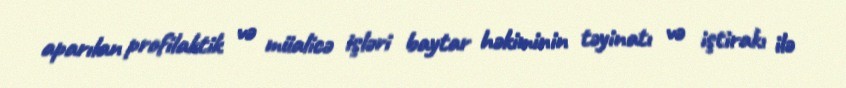
aparılan profilaktik və müalicə işləri baytar həkiminin təyinatı və iştirakı ilə